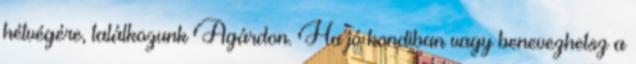
hétvégére, találkozunk Agárdon. Ha jó kondiban vagy benevezhetsz a